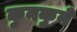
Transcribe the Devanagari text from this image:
कुनकुने